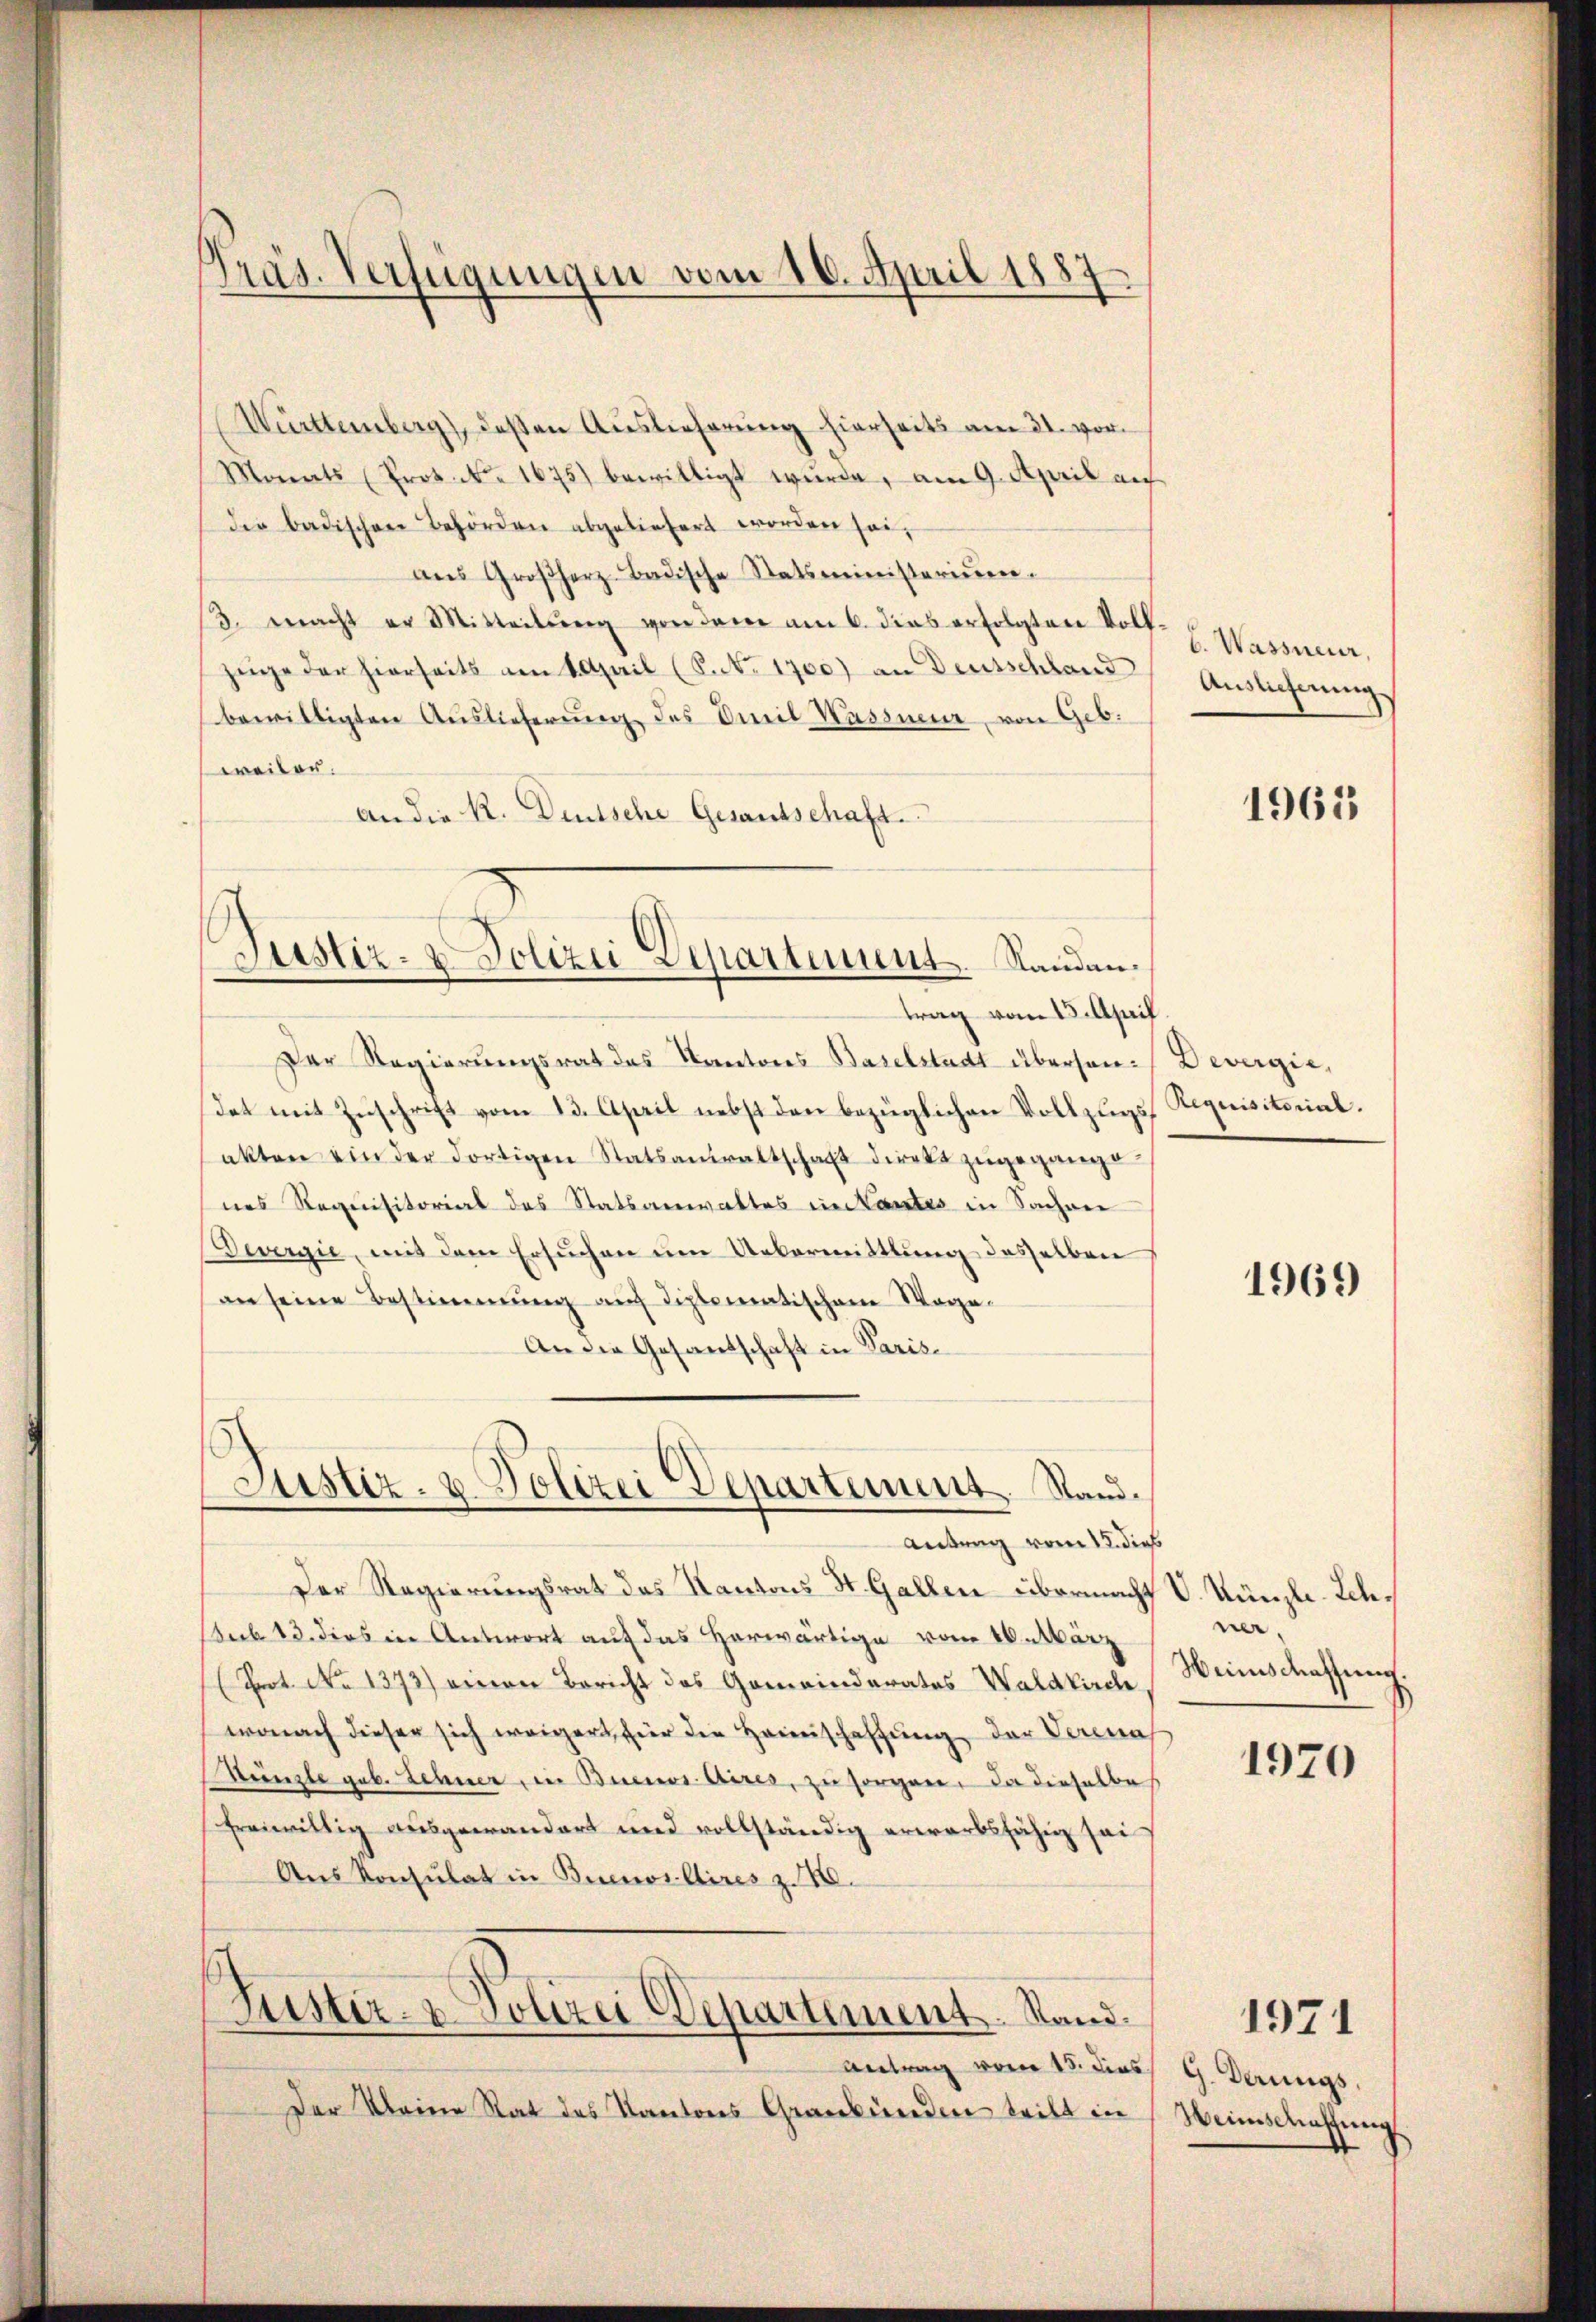
Württemberg), deßen Auslieferung hierseits am 31. vor¬
Monats (Prot. No. 1675) bewilligt wurde, am 9. April auf
die badischen Behörden abgeliefert worden sei,
ans Großherz-Badische Statsministerium.
3. macht er Mitteilŭng von dem am 6. dies erfolgten Voll-
züge der hierseits am 1 April (S. 1700) an Deutschland
bewilligten Auslieferung des Civil Wassner, von Geb.
weiler.
an der R. Deutsche Gesandschaft.

räs. Verfügungen vom 16. April 1887

Justiz- & Polizei Departement. Sandan¬

trag vom 15. April.
Der Regierungsrat des Kantons Baselstadt übersan-Devergie,
Tat mit Zuschrift vom 13. April nebst den bezüglichen Vollzugsakten ein der dortigen Statsanwaltschaft direkt zugegangenes Requisitorial des Statsanwaltes in Nantes in Sachen
Devergie, mit dem Ersuchen um Uebermittlung desselben
an seine Bestimmung auf diplomatischem Wege-
An die Gesandschaft in Paris¬

Justiz- u. Polizei Departement. Stand.
Antrag vom 12. dies

Justiz- & Polizei Departement. Stand.

Antrag vom 15. dies
Der Kleine Rat des Kantons Graubünden teilt in

6. Wassneur,
Auslieferung

Der Regierungsrat das Kantons St. Gallen übermacht V. Künzli-Leh¬
Sub 13. dies in Antwort auf das Horwärtige vom 10. März
(Prot. No 1373) einen Bericht des Gemeinderates Waldkirch,
wonach dieser sich weigert hier die Heimschaffung der Verena
Künzle geb. Lehner in Buenos Aires, zu sorgen, da dieselbe
freiwillig ausgewandert und vollständig erwarbsfähig sei
Aus Konsulat in Buenos Aires z. B.

1965

Requisitorial.

1969

ner.
Weinschassung.

1970

1971

G. Derungs
Weinschaffung